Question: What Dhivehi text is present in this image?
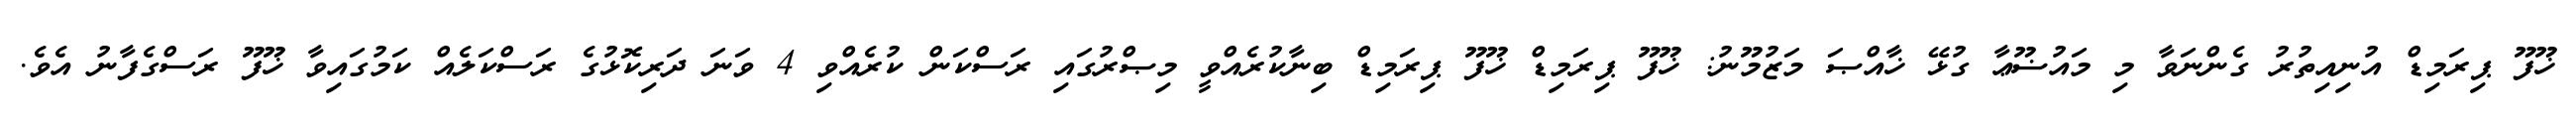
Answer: ޚޫފޫ ޕިރަމިޑް އުނިއިތުރު ގެންނަވާ މި މައުޟޫޢާ ގުޅޭ ޚާއްޞަ މަޒުމޫނު: ޚޫފޫ ޕިރަމިޑް ޚޫފޫ ޕިރަމިޑް ބިނާކުރެއްވީ މިޞްރުގައި ރަސްކަން ކުރެއްވި 4 ވަނަ ދަރިކޮޅުގެ ރަސްކަލެއް ކަމުގައިވާ ޚޫފޫ ރަސްގެފާނު އެވެ.